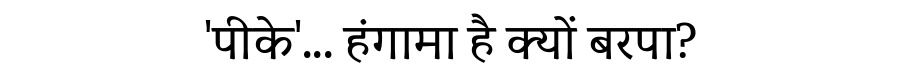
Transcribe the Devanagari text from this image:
'पीके'... हंगामा है क्यों बरपा?